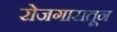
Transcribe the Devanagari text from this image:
रोजगारातून